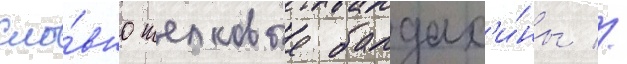
сло́вно шелковые балдах'и́ны //